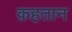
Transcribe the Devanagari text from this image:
क़हतान